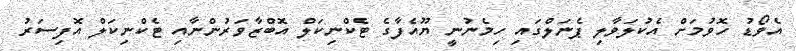
އެވޯޑު ހޮވުމަށް އެކުލަވާލި ޕެނަލްގައި ހިމެނުނީ ޔޫއެފާގެ ޓެކްނިކަލް އޮބްޒާވަރުންނާއި ޓެކްނިކަލް އޮފިސަރު